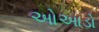
ઓઆડો